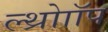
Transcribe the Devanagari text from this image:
ल्थ्रोाॉप